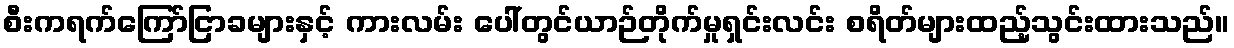
စီးကရက်ကြော်ငြာခများနှင့် ကားလမ်း ပေါ်တွင်ယာဉ်တိုက်မှုရှင်းလင်း စရိတ်များထည့်သွင်းထားသည်။